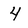
Character: 4